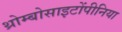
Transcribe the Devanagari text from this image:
थ्रोम्बोसाइटोंपीनिया